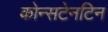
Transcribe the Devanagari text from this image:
कोन्सटेनटिन